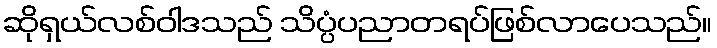
ဆိုရှယ်လစ်ဝါဒသည် သိပ္ပံပညာတရပ်ဖြစ်လာပေသည်။